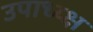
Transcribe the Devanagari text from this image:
उपाध्य्क्ष